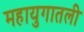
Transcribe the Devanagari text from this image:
महायुगातली